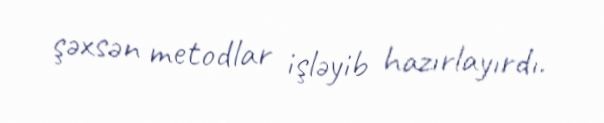
şəxsən metodlar işləyib hazırlayırdı.